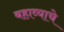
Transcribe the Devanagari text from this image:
बहाव्याचे